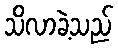
သိလာခဲ့သည်